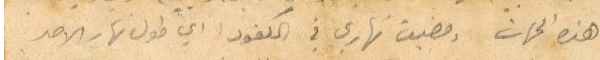
هذه الجهات ومضيت نهاري في الكفور أي طول نهار الأحد